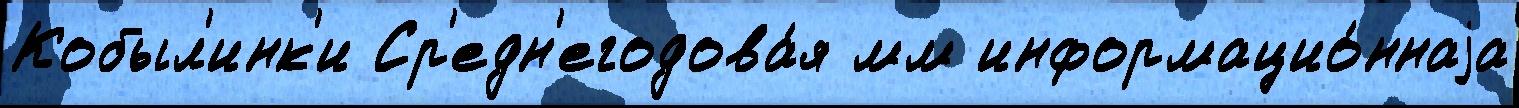
Кобыл'инк'и Ср'едн'егодова́я мм информацио́ннаjа